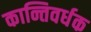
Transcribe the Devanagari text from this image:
कान्तिवर्धक